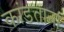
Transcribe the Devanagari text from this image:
कांडताना